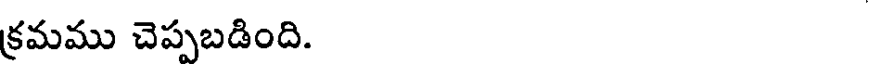
క్రమము చెప్పబడింది.